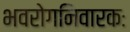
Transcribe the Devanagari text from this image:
भवरोगनिवारकः